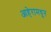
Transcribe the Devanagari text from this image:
आहेरामधून